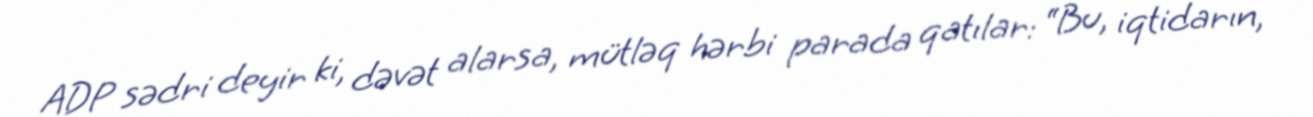
ADP sədri deyir ki, dəvət alarsa, mütləq hərbi parada qatılar: “Bu, iqtidarın,